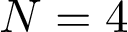
N = 4